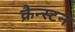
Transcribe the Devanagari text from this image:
क्रैन्स्टन